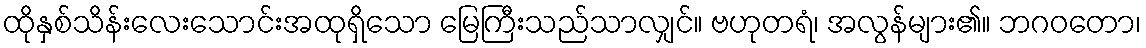
ထိုနှစ်သိန်းလေးသောင်းအထုရှိသော မြေကြီးသည်သာလျှင်။ ဗဟုတရံ၊ အလွန်များ၏။ ဘဂဝတော၊